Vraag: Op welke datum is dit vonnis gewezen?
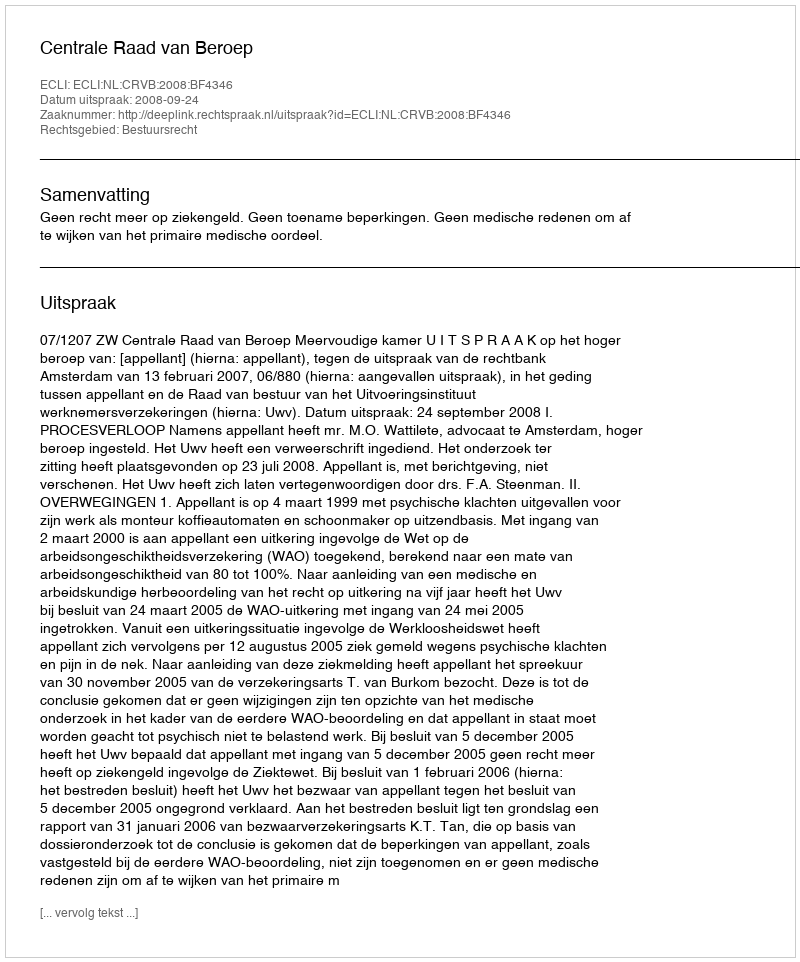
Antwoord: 2008-09-24